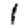
Digit: 1